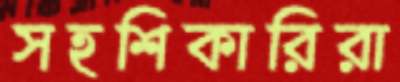
সহশিকারিরা